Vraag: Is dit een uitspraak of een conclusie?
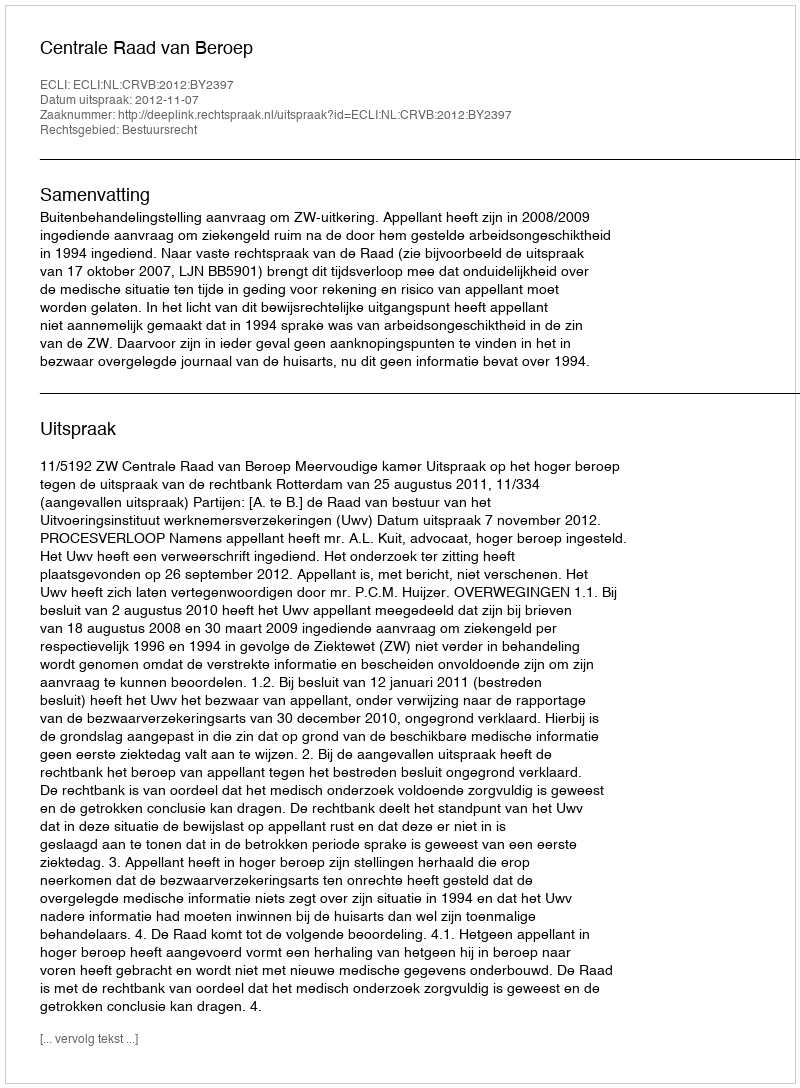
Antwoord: Uitspraak